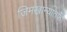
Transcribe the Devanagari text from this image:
जिमखान्यातर्फे